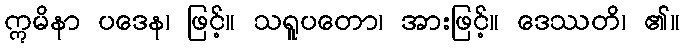
ဣမိနာ ပဒေန၊ ဖြင့်။ သရူပတော၊ အားဖြင့်။ ဒေဿတိ၊ ၏။